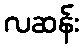
လဆန်း